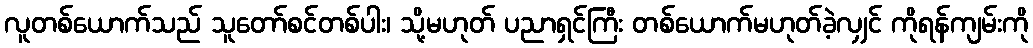
လူတစ်ယောက်သည် သူတော်စင်တစ်ပါး၊ သို့မဟုတ် ပညာရှင်ကြီး တစ်ယောက်မဟုတ်ခဲ့လျှင် ကိုရန်ကျမ်းကို